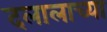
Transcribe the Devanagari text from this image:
दलालाच्या